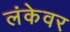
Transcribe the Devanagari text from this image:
लंकेवर